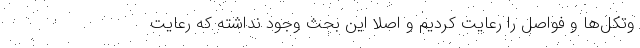
وتکل‌ها و فواصل را رعایت کردیم و اصلا این بحث وجود نداشته که رعایت